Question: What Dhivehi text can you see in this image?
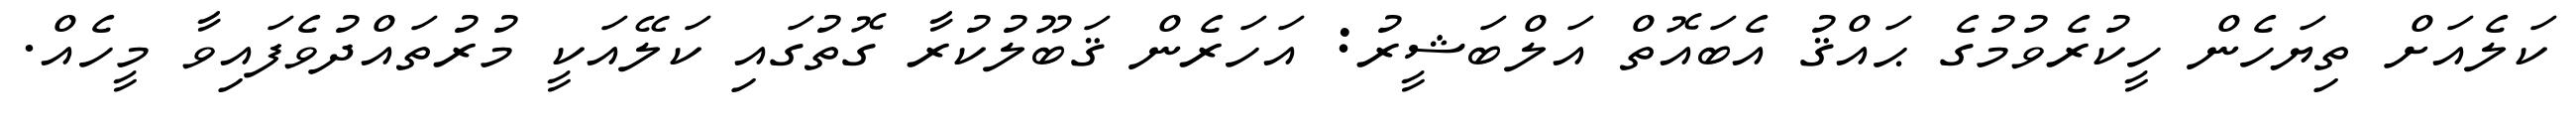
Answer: ކަލެއަށް ތިޔަހެން ހީކުރެވުމުގެ ޙައްޤު އެބައޮތް އަލްބަޝީރު: އަހަރެން ޤަބޫލުކުރާ ގޮތުގައި ކަލޭއަކީ މުރުތައްދުވެފައިވާ މީހެއް.